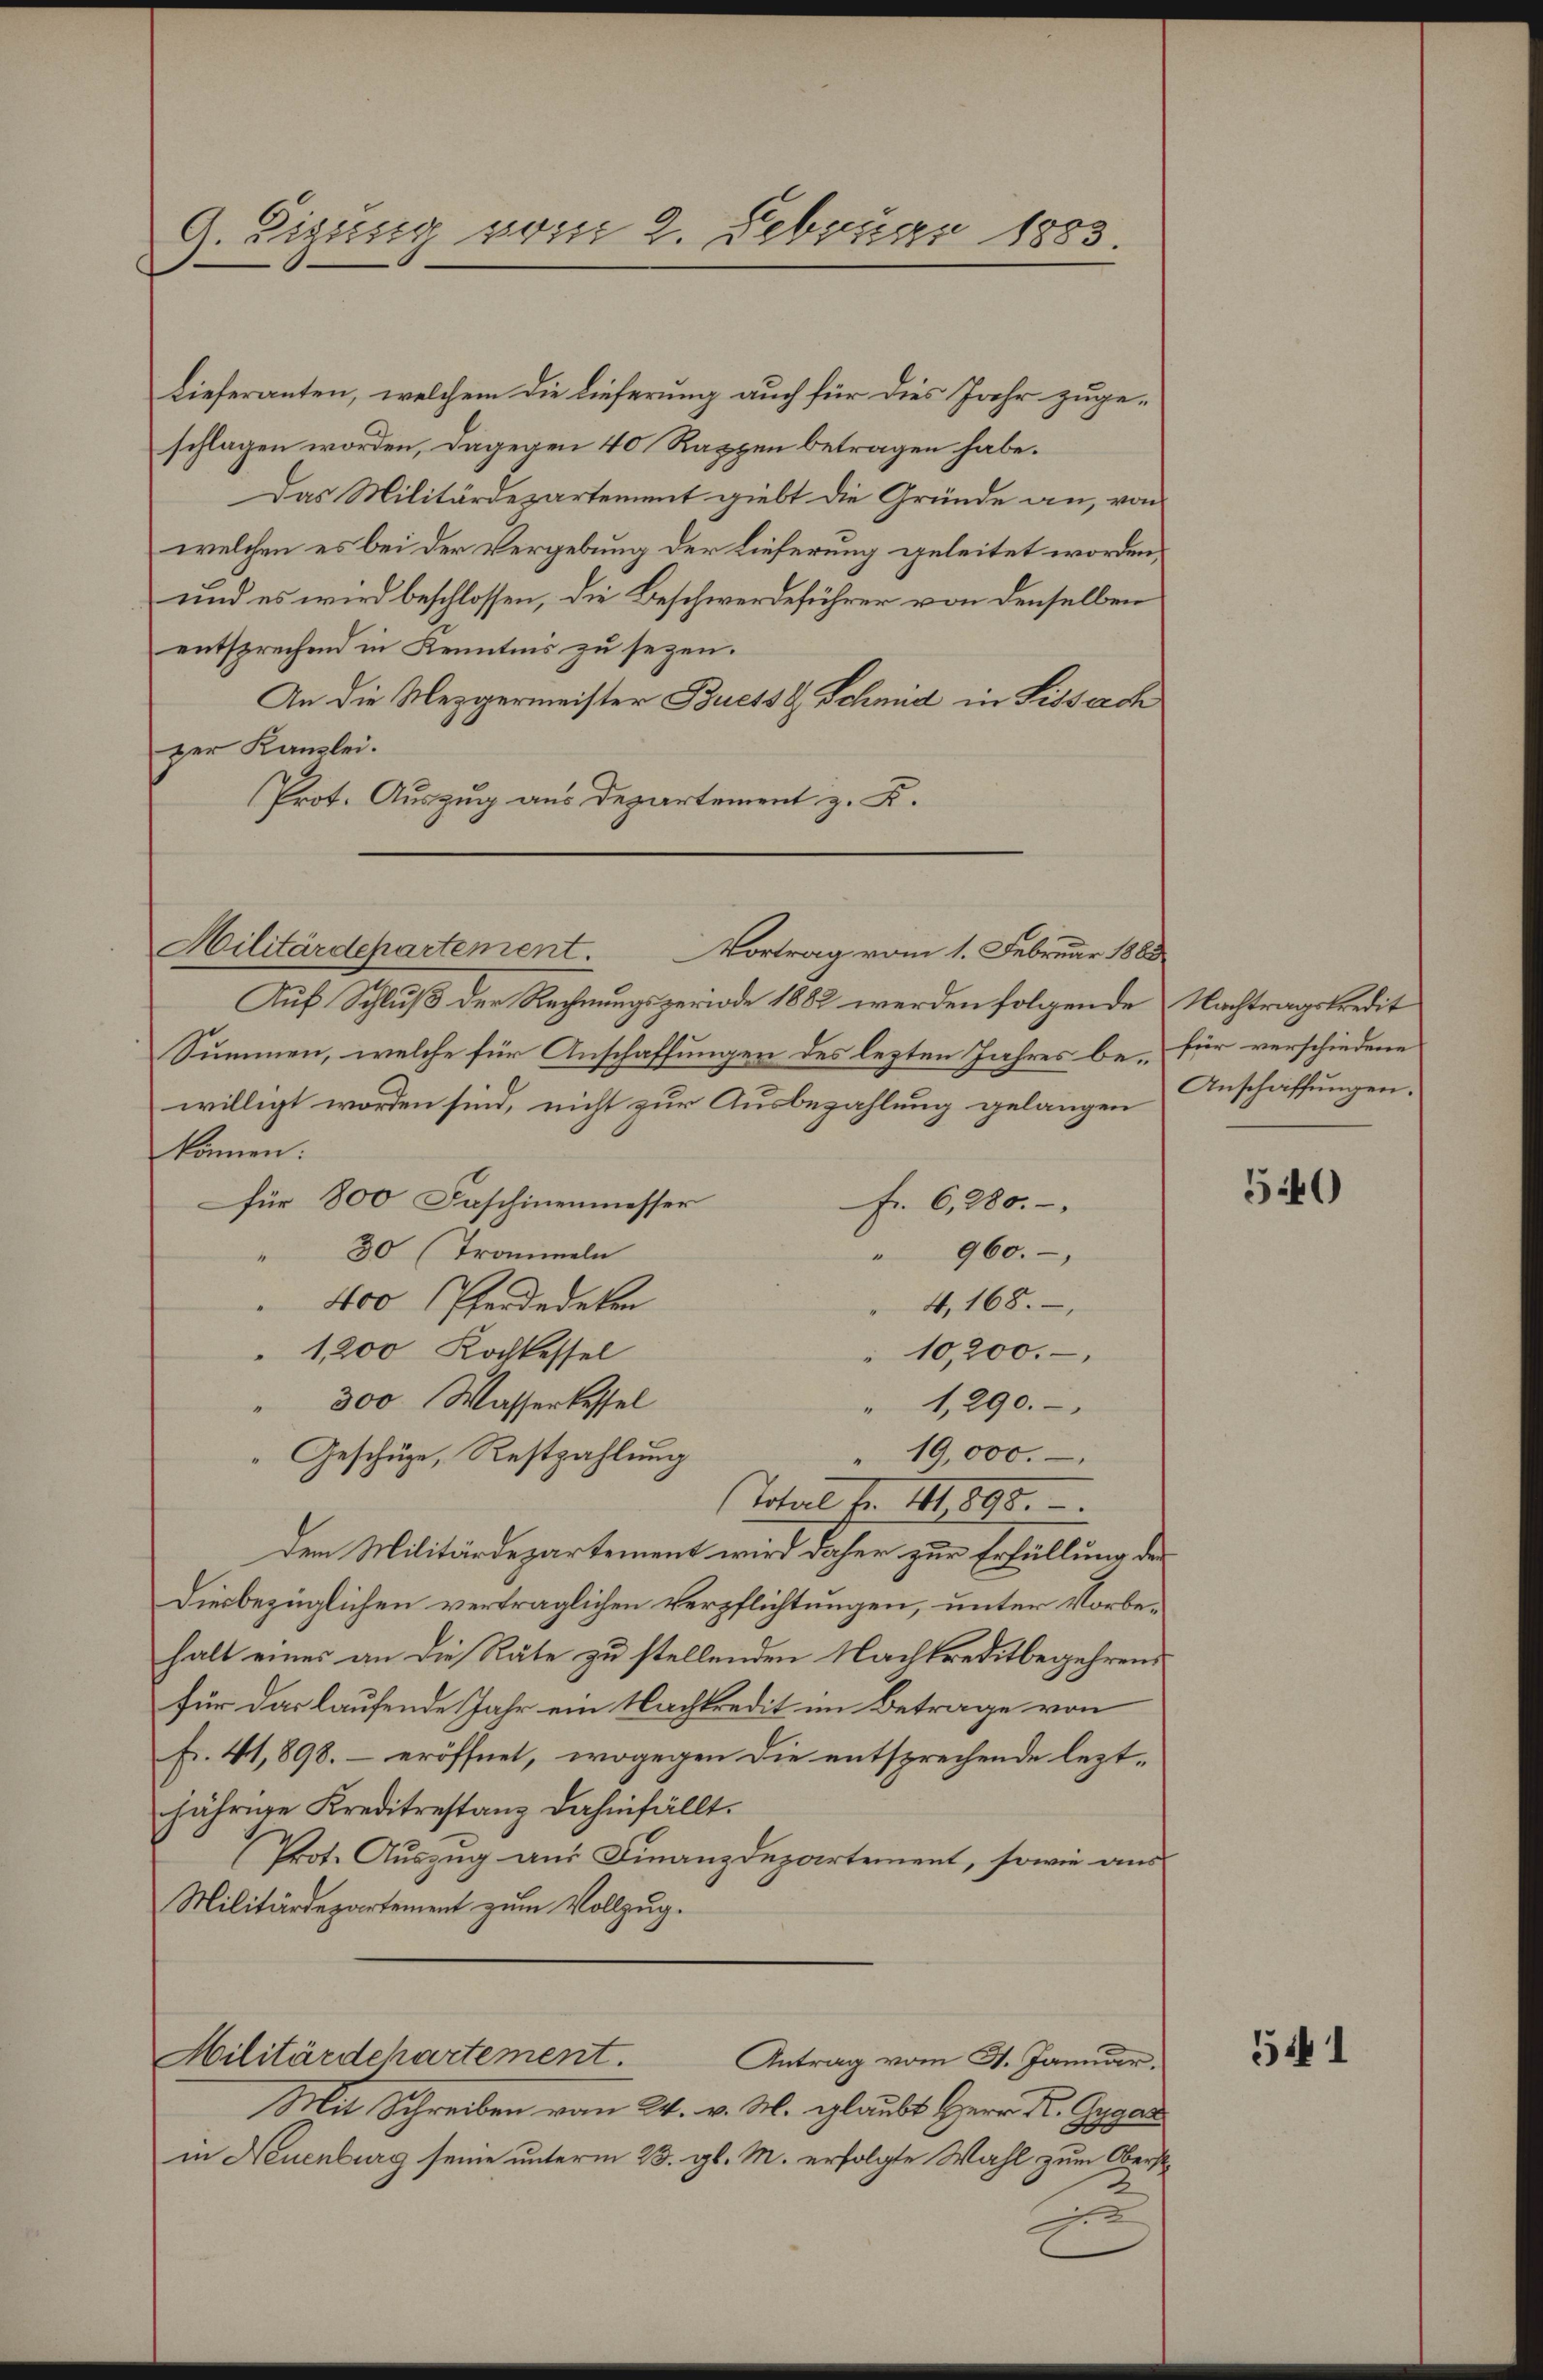
G. Eigung vom 2. Februar 1883.

Lieferanten, welchem die Lieferung auch für dies Jahr zugeschlagen worden, dagegen 40 Rappen betragen habe.
Das Militärdepartement giebt die Gründe an, von
welchen es bei der Vergebung der Lieferung geleitet worden,
und es wird beschlossen, die Beschwerdeführer von denselben
entsprechend in Kenntnis zu sezen.
An die Mezgermeister Buets & Schmid in Lissach
zer Kanzlei.
Prot. Auszug aus Departement z. K.
Militärdepartement.
Auf Schluß der Rechnungsperiode 1882 werden folgende Nachtragskredit
Summen, welche für Anschaffungen des lezten Jahres be- für verschiedene
willigt worden sind, nicht zur Ausbezahlung gelangen
können:
für 800 Faschinenmesser
Fr. 6, 280.
30 (Trommeln
" 960.
400 Pferdedeten
4,168.
1,200 Kochkessel
10,200.
300 Wasserbessel
1,290.
19,000.
Geschüge, Restzahlung
Total Fr. 11. 898.
dem Militärdepartement wird daher zur Erfüllung der
Diesbezüglichen vertraglichen Verpflichtungen, unter Vorbehalt eines an die Räte zu stellenden Nachkreditbegehrend
für das laufende Jahr ein Nachkredit im Betrage von
Fr. 41,898. – eröffnet, wogegen die entsprechende leztjährige Kreditrestanz dahinfällt.
Prot. Auszug aus Finanzdepartement, sowie aus
Militärdepartement zum Vollzug.
Militärdehartement.
Antrag vom 4. Januar,
Mit Schreiben vom 24. v. M. glaubt Herr K. Angar
308
in Neuenburg seine unterm 23. gl. M. erfolgte Wahl zum Oberstx

Vortrag vom 1. Februar 1883

Anschaffungen.

540

5441